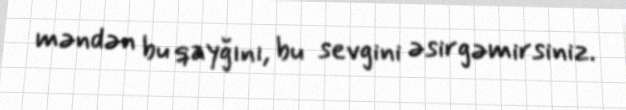
məndən bu qayğını, bu sevgini əsirgəmirsiniz.